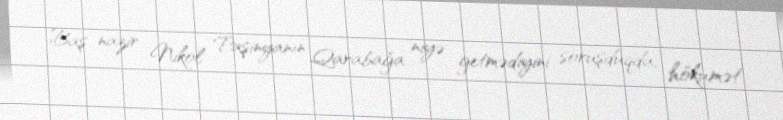
Baş nazir Nikol Paşinyanın Qarabağa niyə getmədiyini soruşduqda, hökumət